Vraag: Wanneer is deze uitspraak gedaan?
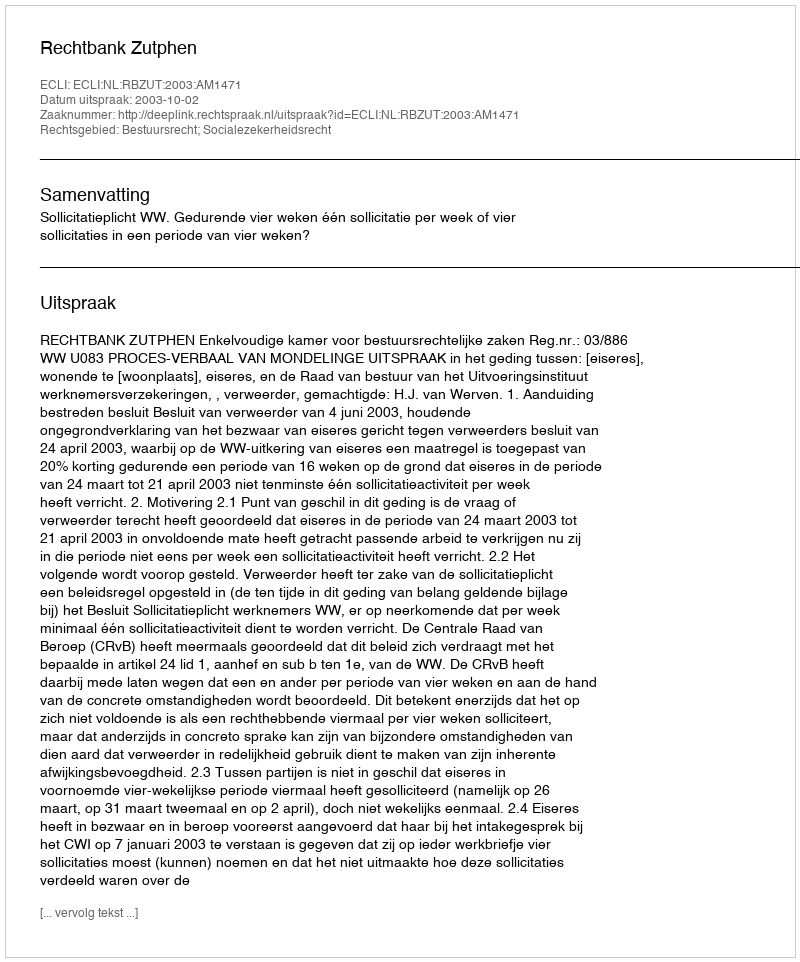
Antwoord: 2003-10-02